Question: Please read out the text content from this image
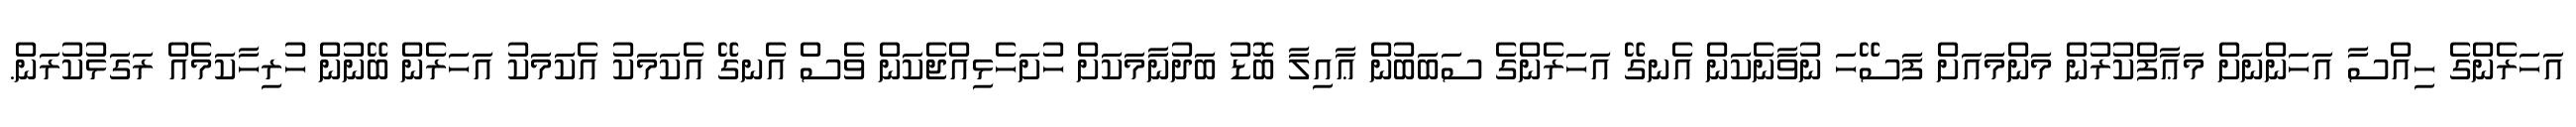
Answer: އަހަރެންގެ ހިއްސާ އަހަންނަށް މަޢާފްކުރުން މަންމައަށް ފަސޭހަ ނުވާނެކަން އެނގޭ އަހަރެންގެ ސަބަބުން ޢާއިލާ ބޮޑު ބަދުނާމަކަށް ހުށަހެޅިއްޖެކަން ވެސް އެނގޭ އެކަމަކު އެކަމަކު އަހަރެން ބޭނުން ހުރިހާކަމެއް ރަގަޅުކުރަން.